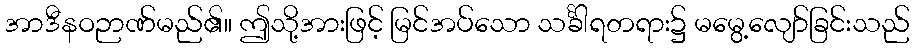
အာဒီနဝဉာဏ်မည်၏။ ဤသို့အားဖြင့် မြင်အပ်သော သင်္ခါရတရား၌ မမွေ့လျော်ခြင်းသည်